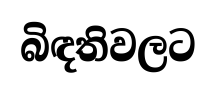
බිඳතිවලට